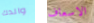
والدك الاسعاف